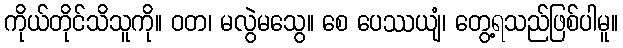
ကိုယ်တိုင်သိသူကို။ ဝတ၊ မလွဲမသွေ။ စေ ပေဿယျံ၊ တွေ့ရသည်ဖြစ်ပါမူ။